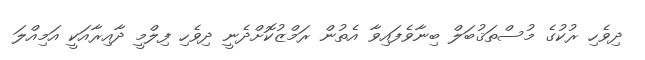
ދިވެހި ރުކުގެ މުސްތަޤުބަލް ބިނާވެފައިވާ އެތުން ރަމްޒުކޮށްދެނީ ދިވެހި ފިލްމީ ދާއިރާއަކީ އަމިއްލަ